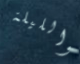
والليلة